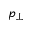
p _ { \perp }